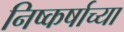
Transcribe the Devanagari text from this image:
निष्कर्षाच्या